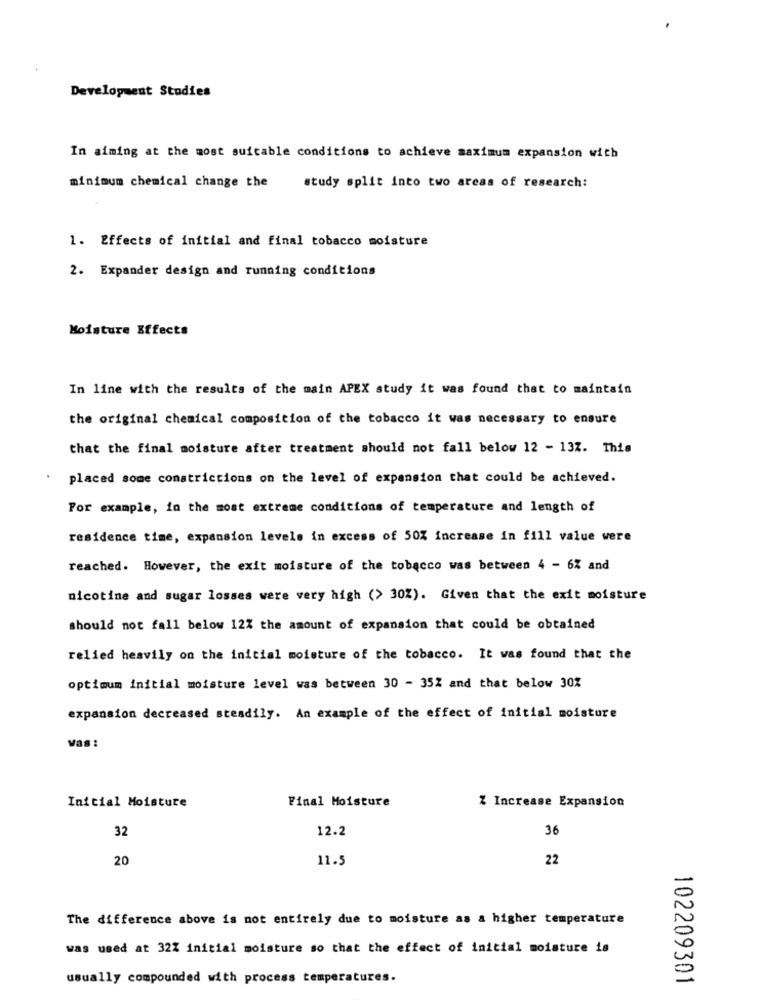
Development Studies
In aiming at the most suitable conditions to achieve maximum expansion with
minimum chemical change the
study split into two areas of research:
1. Effects of initial and final tobacco moisture
2. Expander design and running conditions
Moisture Effects
In line with the results of the main APEX study it was found that to maintain
the original chemical composition of the tobacco it was necessary to ensure
that the final moisture after treatment should not fall below 12 - 13Z. This
placed some constrictions on the level of expansion that could be achieved.
For example, in the most extreme conditions of temperature and length of
residence time, expansion levels in excess of 50% increase in fill value were
reached. However, the exit moisture of the tobacco was between 4 - 6% and
nicotine and sugar losses were very high (> 30%). Given that the exit moisture
should not fall below 12% the amount of expansion that could be obtained
relied heavily on the initial moisture of the tobacco. It was found that the
optimum initial moisture level was between 30 - 35% and that below 30%
expansion decreased steadily. An example of the effect of initial moisture
Vas :
Z Increase Expansion
Initial Moisture
Final Moisture
32
12.2
36
20
11.5
22
The difference above is not entirely due to moisture as a higher temperature
was used at 32% initial moisture so that the effect of initial moisture is
usually compounded with process temperatures.
102209301